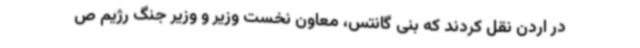
در اردن نقل کردند که بنی گانتس، معاون نخست وزیر و وزیر جنگ رژیم ص